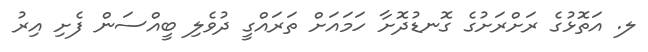
ލ. އަތޮޅުގެ ރަށްރަށުގެ ގޮނޑުދޮށާ ހަމައަށް ތަރައްގީ ދުވެލި ބީއްސަން ފެށި އިރު